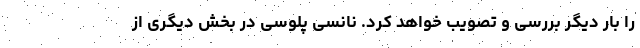
را بار دیگر بررسی و تصویب خواهد کرد. نانسی پلوسی در بخش دیگری از